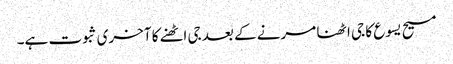
مسیح یسوع کا جی اٹھنا مرنے کے بعد جی اٹھنے کا آخری ثبوت ہے۔